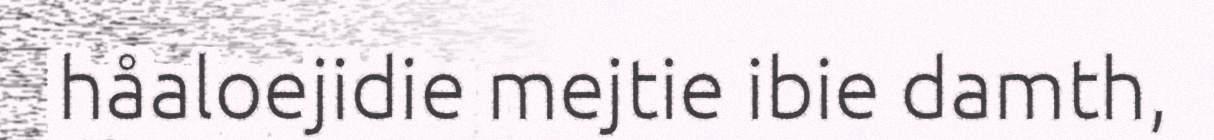
håaloejidie mejtie ibie damth,